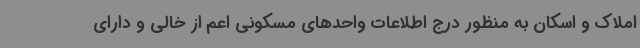
املاک و اسکان به منظور درج اطلاعات واحدهای مسکونی اعم از خالی و دارای